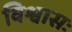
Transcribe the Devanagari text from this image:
विश्वासः